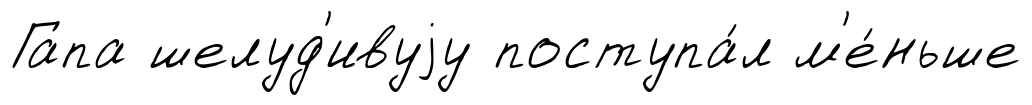
Гапа шелуд'ивуjу поступа́л м'е́ньше